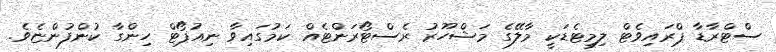
ސްޓްރާޑާ ޕްރައިވެޓް ލިމިޓެޑަކީ މާލޭގެ މަޝްހޫރު ރެސްޓޯރަންޓެއް ކަމުގައިވާ ނިއުޕޯޓް ހިންގާ ކުންފުންޏެވެ.